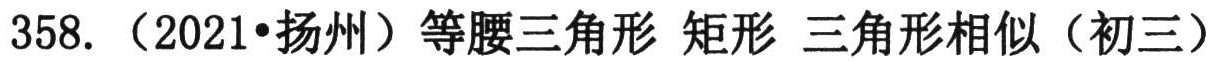
358. （2021•扬州）等腰三角形 矩形 三角形相似（初三）